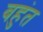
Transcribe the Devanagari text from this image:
बहुंत